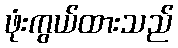
ဖုံးကွယ်ထားသည်